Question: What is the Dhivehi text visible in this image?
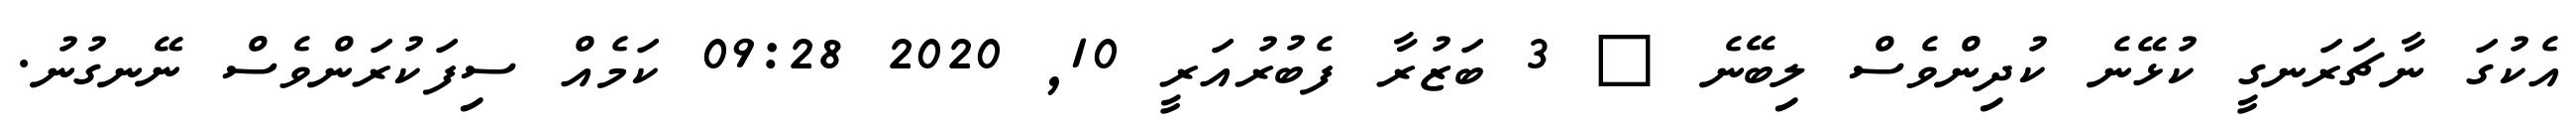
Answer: އެކުގަ ނާޗަރަނގީ ކުޅޭނެ ކުދިންވެސް ލިބޭނެ ? 3 ބަޒުރާ ފެބުރުއަރީ 10, 2020 09:28 ކަމެއް ސިފަކުރަންވެސް ނޭނގުނު.